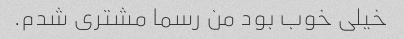
خیلی خوب بود من رسما مشتری شدم.